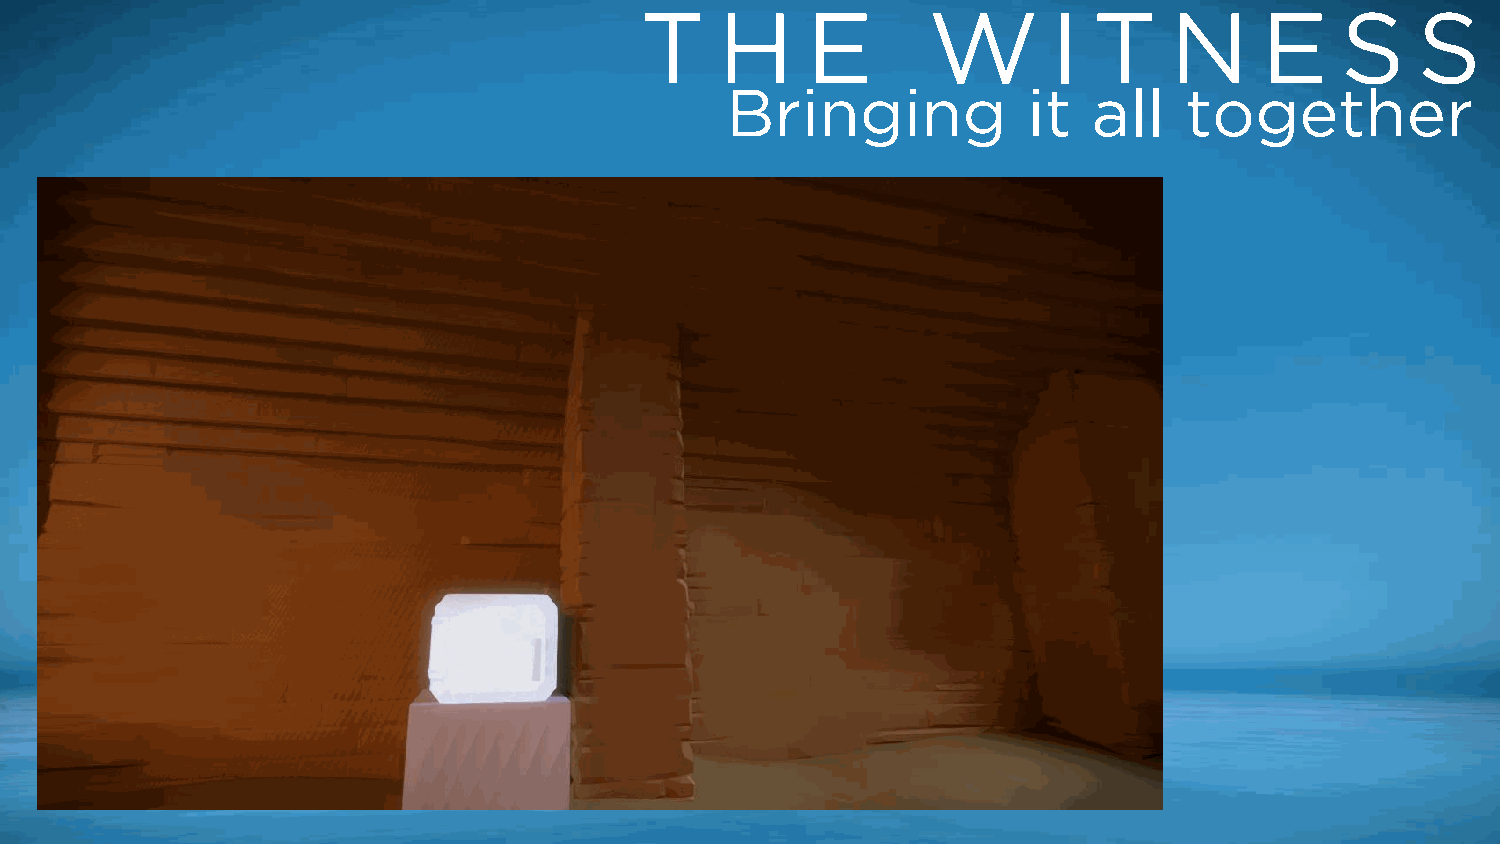
T     H    E       W        I T    N      E    S    S
 Bringing            it  all   together